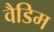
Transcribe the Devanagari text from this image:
वैडिम